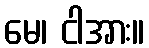
မေ၊ ငါအား။